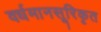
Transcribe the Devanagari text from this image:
वर्धमानसूरिकृत